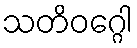
သတိဝဂ္ဂေါ